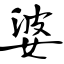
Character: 婆